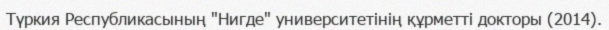
Түркия Республикасының "Нигде" университетінің құрметті докторы (2014).